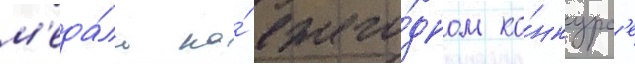
м'еда́ль на́ ежего́дном ко́нкурс'е